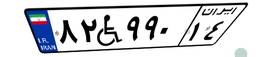
۸۲W۹۹۰۱۴